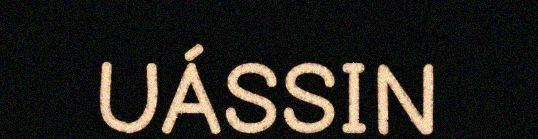
UÁSSIN